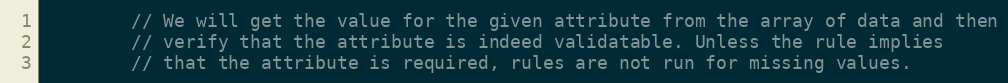
Language: PHP
		// We will get the value for the given attribute from the array of data and then
		// verify that the attribute is indeed validatable. Unless the rule implies
		// that the attribute is required, rules are not run for missing values.